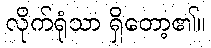
လိုက်ရုံသာ ရှိတော့၏။